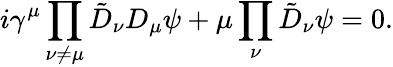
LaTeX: i\gamma^{\mu}\prod_{\nu\ne\mu}\tilde{D}_{\nu}D_{\mu}\psi+\mu\prod_{\nu}\tilde{D}_{\nu}\psi=0.